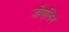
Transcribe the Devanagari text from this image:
जोएलिन